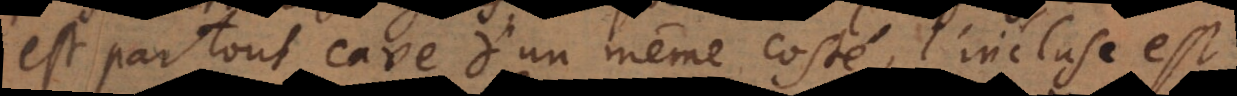
est partout cave d’un même costé, l’incluse est